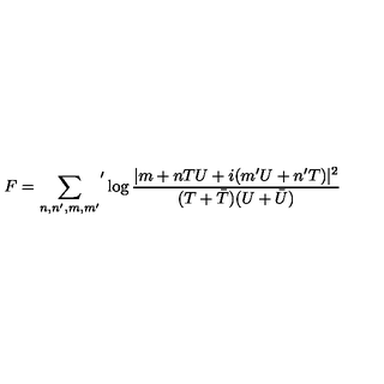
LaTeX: F = { \sum _ { n , n ^ { \prime } , m , m ^ { \prime } } } ^ { \prime } \log \frac { | m + n T U + i ( m ^ { \prime } U + n ^ { \prime } T ) | ^ { 2 } } { ( T + \bar { T } ) ( U + \bar { U } ) }